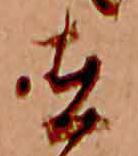
在